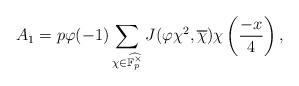
LaTeX: \begin{align*}A_1=p\varphi(-1)\sum_{\chi\in\widehat{\mathbb{F}_p^\times}}J(\varphi\chi^2,\overline{\chi})\chi\left(\frac{-x}{4}\right),\end{align*}